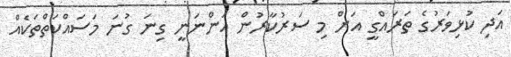
އަދި ކުޅިވަރުގެ ތަރައްގީ އަށް މި ސަރުކާރުން އަންނަނީ ގިނަ ގުނަ މަސައްކަތްތަކެއް